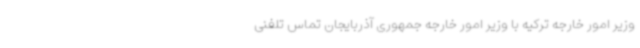
وزیر امور خارجه ترکیه با وزیر امور خارجه جمهوری آذربایجان تماس تلفنی